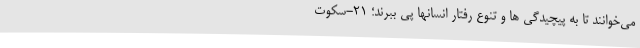
می­خوانند تا به پیچیدگی­ ها و تنوع رفتار انسانها پی ببرند؛ 21-سکوت